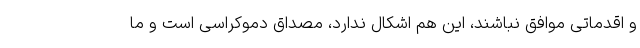
و اقدماتی موافق نباشند، این هم اشکال ندارد، مصداق دموکراسی است و ما